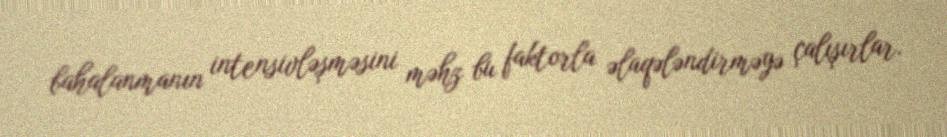
bahalanmanın intensivləşməsini məhz bu faktorla əlaqələndirməyə çalışırlar.